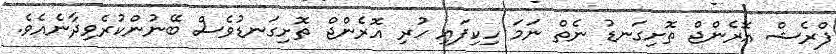
ފްރެޝް އޮރެންޖް ތޮށިގަނޑު ނެތް ނަމަ ހިކިފައި ހުރި އޮރެންޖް ތޮށިގަނޑުވެސް ބޭނުންކުރެވިދާނެއެވެ.